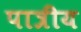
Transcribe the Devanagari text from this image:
पात्रीय